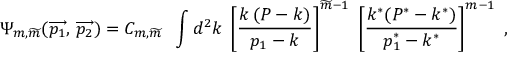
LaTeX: \Psi _ { m , \widetilde { m } } ( \overrightarrow { p _ { 1 } } , \, \overrightarrow { p _ { 2 } } ) = C _ { m , { \widetilde m } } \; \; \int d ^ { 2 } k \; \left[ { \frac { k \, ( P - k ) } { p _ { 1 } - k } } \right] ^ { { \widetilde m } - 1 } \; \left[ { \frac { k ^ { * } ( P ^ { * } - k ^ { * } ) } { p _ { 1 } ^ { * } - k ^ { * } } } \right] ^ { m - 1 } \; ,